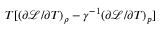
T [ ( \partial \mathcal { L } / \partial T ) _ { \rho } - \gamma ^ { - 1 } ( \partial \mathcal { L } / \partial T ) _ { p } ]